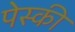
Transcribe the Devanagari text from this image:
पेस्की